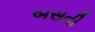
બસતી